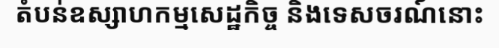
តំបន់ឧស្សាហកម្មសេដ្ឋកិច្ច និងទេសចរណ៍នោះ